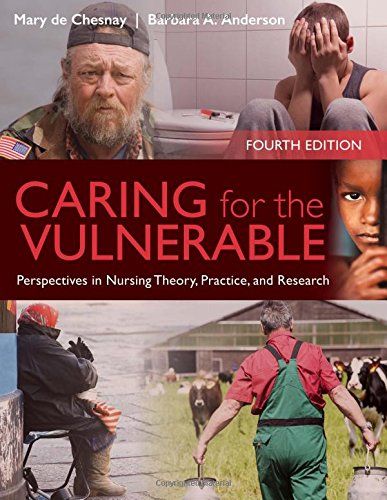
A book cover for Caring For The Vulnerable: Perspectives in Nursing Theory, Practice and Research; Mary de Chesnay; Medical Books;